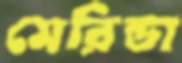
মেরিন্ডা